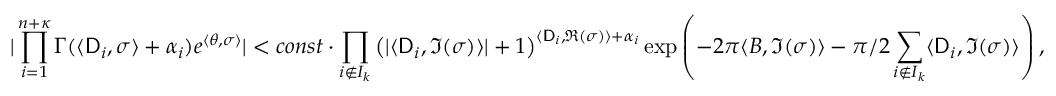
| \prod _ { i = 1 } ^ { n + { \boldsymbol { \kappa } } } \Gamma ( \langle \mathsf { D } _ { i } , \sigma \rangle + \alpha _ { i } ) e ^ { \langle \theta , \sigma \rangle } | < c o n s t \cdot \prod _ { i \notin I _ { k } } \left( | \langle \mathsf { D } _ { i } , \Im ( \sigma ) \rangle | + 1 \right) ^ { \langle \mathsf { D } _ { i } , \Re ( \sigma ) \rangle + \alpha _ { i } } \exp \left( - 2 \pi \langle B , \Im ( \sigma ) \rangle - \pi / 2 \sum _ { i \notin I _ { k } } \langle \mathsf { D } _ { i } , \Im ( \sigma ) \rangle \right) ,